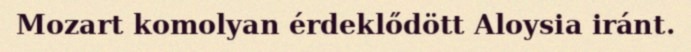
Mozart komolyan érdeklődött Aloysia iránt.